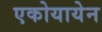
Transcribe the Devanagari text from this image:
एकोयायेन